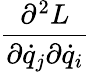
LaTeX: \frac{\partial^{2}L}{\partial\dot{q}_{j}\partial\dot{q}_{i}}